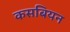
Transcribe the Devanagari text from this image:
कसबियन